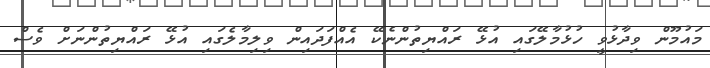
މައުމޫން ވިދާޅުވީ ހުޅުމާލޭގައި އުޅޭ ރައްޔިތުންނެކޭ އެއްފަދައިން ވިލިމާލެގައި އުޅޭ ރައްޔިތުންނަށް ވެސް